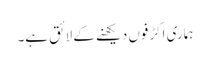
ہماری اکڑفوں دیکھنے کے لائق ہے۔